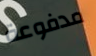
مدفوعة